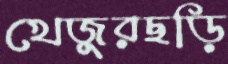
খেজুরছড়ি